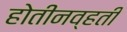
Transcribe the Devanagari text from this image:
होतीनव्हती